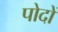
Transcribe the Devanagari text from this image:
पोदों